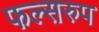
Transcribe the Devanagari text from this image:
फल्सरुप